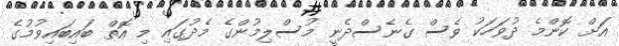
އަށް ކޮންމެ ދުވަހަކު ވެސް ގެނެސްދެނީ މުސްލިމުންގެ މެދުގައި މި އޮތް ބައިބައިވުމުގެ